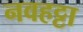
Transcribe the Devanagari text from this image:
नवहट्टा